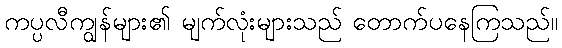
ကပ္ပလီကျွန်များ၏ မျက်လုံးများသည် တောက်ပနေကြသည်။